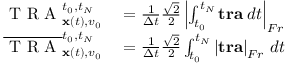
\begin{array} { r l } { \mathrm { ~ T ~ R ~ A ~ } _ { { \mathbf x } ( t ) , v _ { 0 } } ^ { t _ { 0 } , t _ { N } } } & { { } = \frac { 1 } { \Delta t } \frac { \sqrt { 2 } } { 2 } \left| \int _ { t _ { 0 } } ^ { t _ { N } } \mathbf { t r a } \; d t \right| _ { F r } } \\ { \overline { { \mathrm { ~ T ~ R ~ A ~ } } } _ { { \mathbf x } ( t ) , v _ { 0 } } ^ { t _ { 0 } , t _ { N } } } & { { } = \frac { 1 } { \Delta t } \frac { \sqrt { 2 } } { 2 } \int _ { t _ { 0 } } ^ { t _ { N } } \left| \mathbf { t r a } \right| _ { F r } \, d t } \end{array}